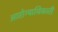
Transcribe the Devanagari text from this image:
आरोग्याधिकारी